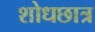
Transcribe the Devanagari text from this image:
शोधछात्र